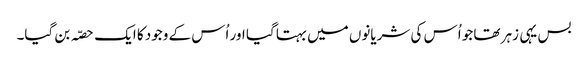
بس یہی زہر تھا جو اُس کی شریانوں میں بہتا گیا اور اُس کے وجود کا ایک حصّہ بن گیا۔